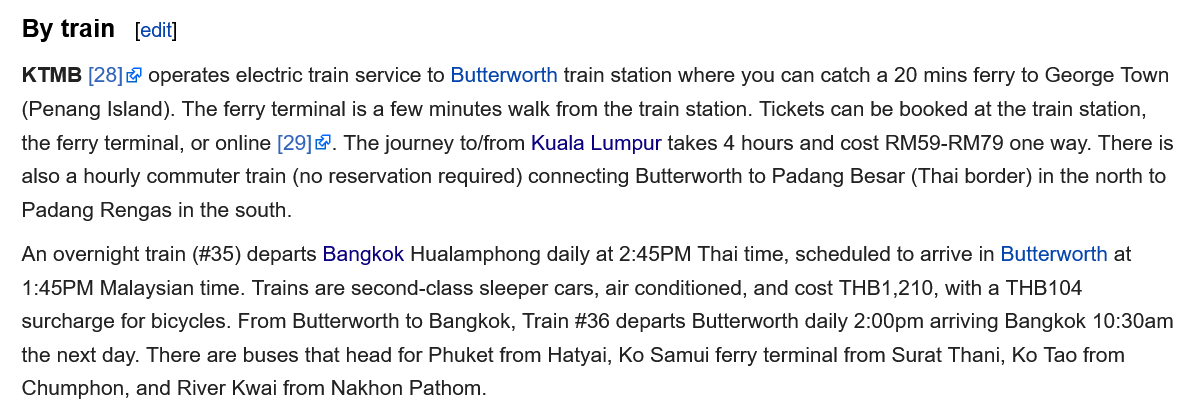
By train  [edit]
   KTMB [28] operates electric train service to Butterworth train station where you can catch a 20 mins ferry to George Town
   (Penang Island). The ferry terminal is a few minutes walk from the train station. Tickets can be booked at the train station,
   the ferry terminal, or online [29]. The journey to/from Kuala Lumpur takes 4 hours and cost RM59-RM79 one way. There is
   also a hourly commuter train (no reservation required) connecting Butterworth to Padang Besar (Thai border) in the north to
   Padang Rengas in the south.
   An overnight train (#35) departs Bangkok Hualamphong daily at 2:45PM Thai time, scheduled to arrive in Butterworth at
   1:45PM Malaysian time. Trains are second-class sleeper cars, air conditioned, and cost THB1,210, with a THB104
   surcharge for bicycles. From Butterworth to Bangkok, Train #36 departs Butterworth daily 2:00pm arriving Bangkok 10:30am
   the next day. There are buses that head for Phuket from Hatyai, Ko Samui ferry terminal from Surat Thani, Ko Tao from
   Chumphon, and River Kwai from Nakhon Pathom.